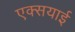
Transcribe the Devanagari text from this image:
एक्सयाई